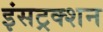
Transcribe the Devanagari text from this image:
इंसट्रक्शन